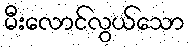
မီးလောင်လွယ်သော